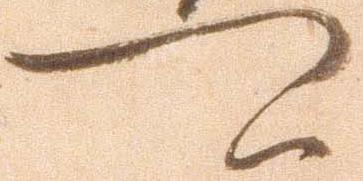
可